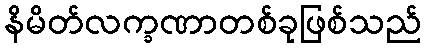
နိမိတ်လက္ခဏာတစ်ခုဖြစ်သည်